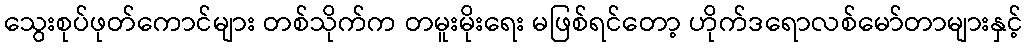
သွေးစုပ်ဖုတ်ကောင်များ တစ်သိုက်က တမူးမိုးရေး မဖြစ်ရင်တော့ ဟိုက်ဒရောလစ်မော်တာများနှင့်